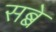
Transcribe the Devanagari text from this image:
सब्बे